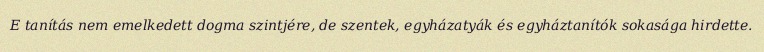
E tanítás nem emelkedett dogma szintjére, de szentek, egyházatyák és egyháztanítók sokasága hirdette.